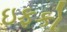
ઇફકો